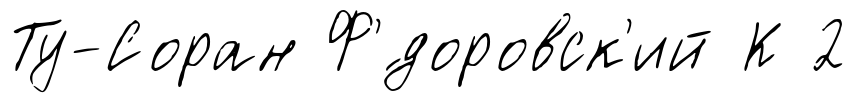
Ту-Соран Ф'́доровск'ий К 2